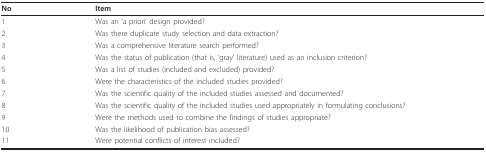
| No | Item |
 | --- | --- |
 | 1 | Was an 'a priori' design provided? |
 | 2 | Was there duplicate study selection and data extraction? |
 | 3 | Was a comprehensive literature search performed? |
 | 4 | Was the status of publication (that is, 'gray' literature) used as an inclusion criterion? |
 | 5 | Was a list of studies (included and excluded) provided? |
 | 6 | Were the characteristics of the included studies provided? |
 | 7 | Was the scientific quality of the included studies assessed and documented? |
 | 8 | Was the scientific quality of the included studies used appropriately in formulating conclusions? |
 | 9 | Were the methods used to combine the findings of studies appropriate? |
 | 10 | Was the likelihood of publication bias assessed? |
 | 11 | Were potential conflicts of interest included? |